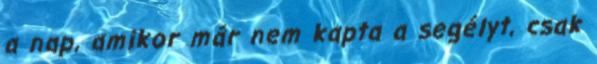
a nap, amikor már nem kapta a segélyt, csak